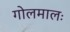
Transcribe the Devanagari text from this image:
गोलमालः